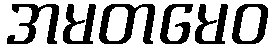
အမတမေဝ